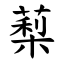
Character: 䔧